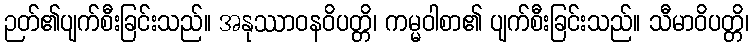
ဉတ်၏ပျက်စီးခြင်းသည်။ အနုဿာဝနဝိပတ္တိ၊ ကမ္မဝါစာ၏ ပျက်စီးခြင်းသည်။ သီမာဝိပတ္တိ၊